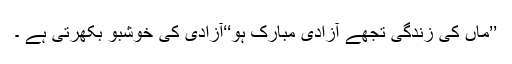
’’ماں کی زندگی تجھے آزادی مبارک ہو‘‘آزادی کی خوشبو بکھرتی ہے ۔